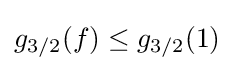
g_{3/2}(f)\leq g_{3/2}(1)